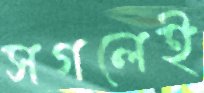
সগলেই